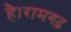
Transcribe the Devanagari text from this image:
है।रामगढ़